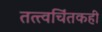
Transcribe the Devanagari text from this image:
तत्त्वचिंतकही